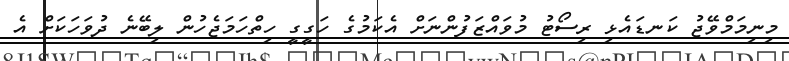
މިނިމަމްވޭޖު ކަނޑައެޅި ރިސޯޓު މުވައްޒަފުންނަށް އެކަމުގެ ހަގީގީ ހިތްހަމަޖެހުން ލިބޭނެ ދުވަހަކަށް އެ